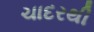
ચાદરથી